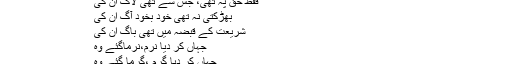
راہِ حق میں تھی دوڑ اور بھاگ ان کی
فقط حق پہ تھی، جس سے تھی لاگ ان کی
بھڑکتی نہ تھی خود بخود آگ ان کی
شریعت کے قبضہ میں تھی باگ ان کی
جہاں کر دیا نرم،نرماگئے وہ
جہاں کر دیا گرم ،گرما گئے وہ
حدیبیہ کی صلح کو دوبرس ہو چکے تھے کہ عرب کے دوقبیلوں میں جھگڑا ہو گیا۔